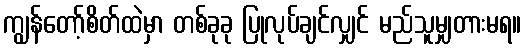
ကျွန်တော့်စိတ်ထဲမှာ တစ်ခုခု ပြုလုပ်ချင်လျှင် မည်သူမျှတားမရ။